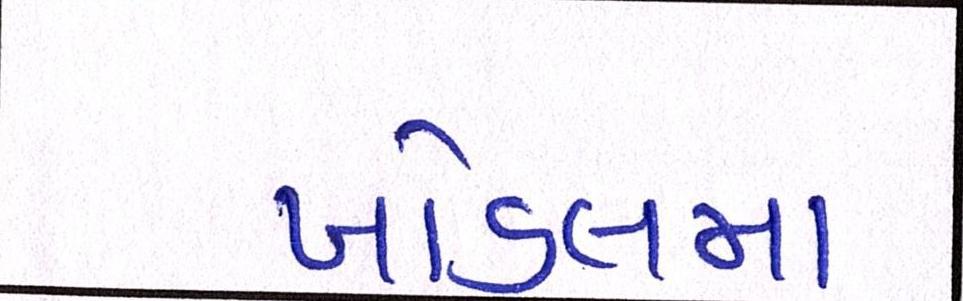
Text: ખોડલમા